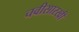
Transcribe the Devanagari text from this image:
चवीसारखी